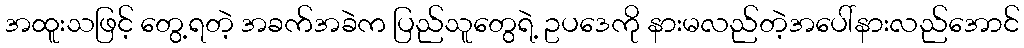
အထူးသဖြင့် တွေ့ရတဲ့ အခက်အခဲက ပြည်သူတွေရဲ့ ဥပဒေကို နားမလည်တဲ့အပေါ်နားလည်အောင်